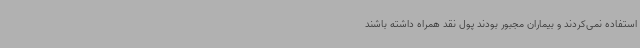
استفاده نمی‌کردند و بیماران مجبور بودند پول نقد همراه داشته باشند